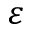
\varepsilon